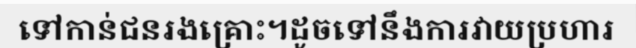
ទៅកាន់ជនរងគ្រោះ។ដូចទៅនឹងការវាយប្រហារ